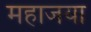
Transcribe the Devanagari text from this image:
महाजया